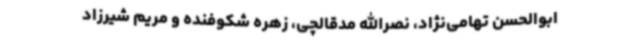
ابوالحسن تهامی‌نژاد، نصرالله مدقالچی، زهره شکوفنده و مریم شیرزاد